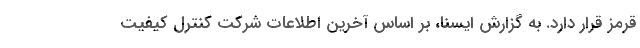
قرمز قرار دارد. به گزارش ایسنا، بر اساس آخرین اطلاعات شرکت کنترل کیفیت